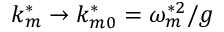
k _ { m } ^ { * } \to k _ { m 0 } ^ { * } = \omega _ { m } ^ { * 2 } / g